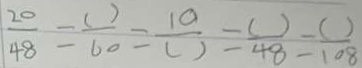
\frac { 2 0 } { 4 8 } = \frac { ( ) } { 6 0 } = \frac { 1 0 } { ( ) } = \frac { ( ) } { 4 8 } = \frac { ( ) } { 1 0 8 }